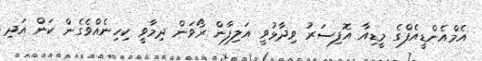
އެމްއެންޑީއެފްގެ މީޑިއާ އޮފިސަރު ވިދާޅުވީ އަލިފާން ރޯވަން ދިމާވީ ކިހިނެއްވެގެން ކަން އަދި